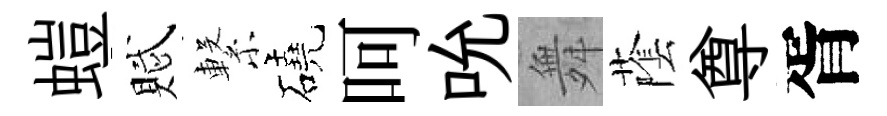
螘賦繋磽呵吮舞䕃尊胥